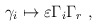
\begin{align*} \gamma_i \mapsto \varepsilon \Gamma_i \Gamma_r~,\end{align*}